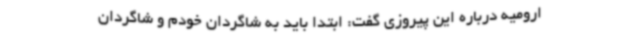
ارومیه درباره این پیروزی گفت: ابتدا باید به شاگردان خودم و شاگردان